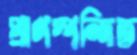
প্রাণস্পন্দিত